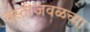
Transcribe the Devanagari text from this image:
वस्तीजवळच्या